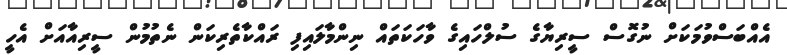
އެއްބަސްވުމަކަށް ނުގޮސް ސީރިޔާގެ ސުލްހައިގެ ވާހަކަތައް ނިންމާލައިފި ރައްކާތެރިކަން ނެތުމުން ސީރިއާއަށް އެހީ